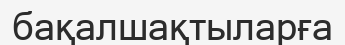
бақалшақтыларға